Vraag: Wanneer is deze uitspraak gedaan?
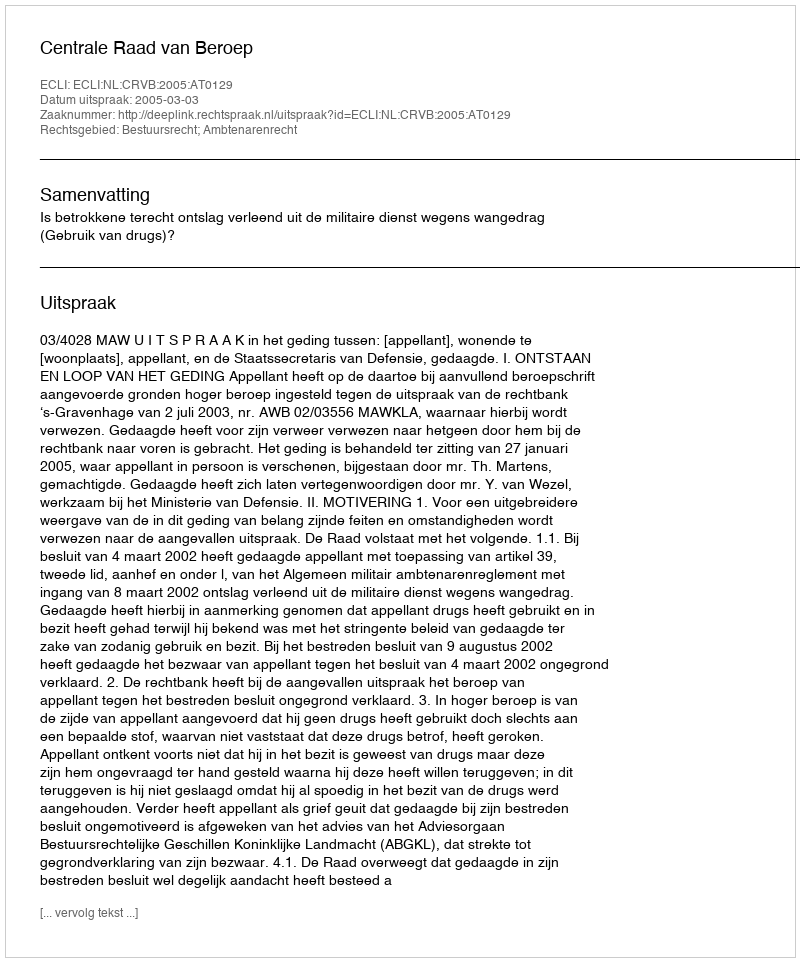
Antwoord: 2005-03-03